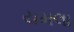
યમલા